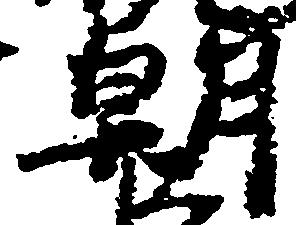
朝